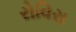
રોવિરા